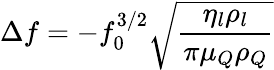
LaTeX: \Delta f=-f_{0}^{3/2}{\sqrt{\frac{\eta_{l}\rho_{l}}{\pi\mu_{Q}\rho_{Q}}}}